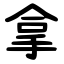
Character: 拿